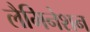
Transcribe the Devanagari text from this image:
लैमिनेशन